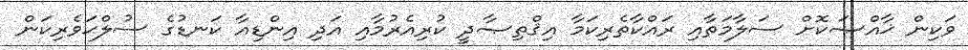
ވަކިން ޚާއްޞަކޮށް ސަލާމަތާއި ރައްކާތެރިކަމާ އިޤްތިޞާދީ ކުރިއެރުމާއި އަދި އިންޑިއާ ކަނޑުގެ ސުލްޙަވެރިކަން